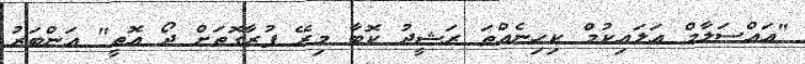
"އައްސަލާމް ޢަލައިކުމް ކިހިނެއްތަ ރަޝީދު ކޮބާ މިރޭ ފުރާގޮތަށް ދޯ އޮތީ" އަންބަރު